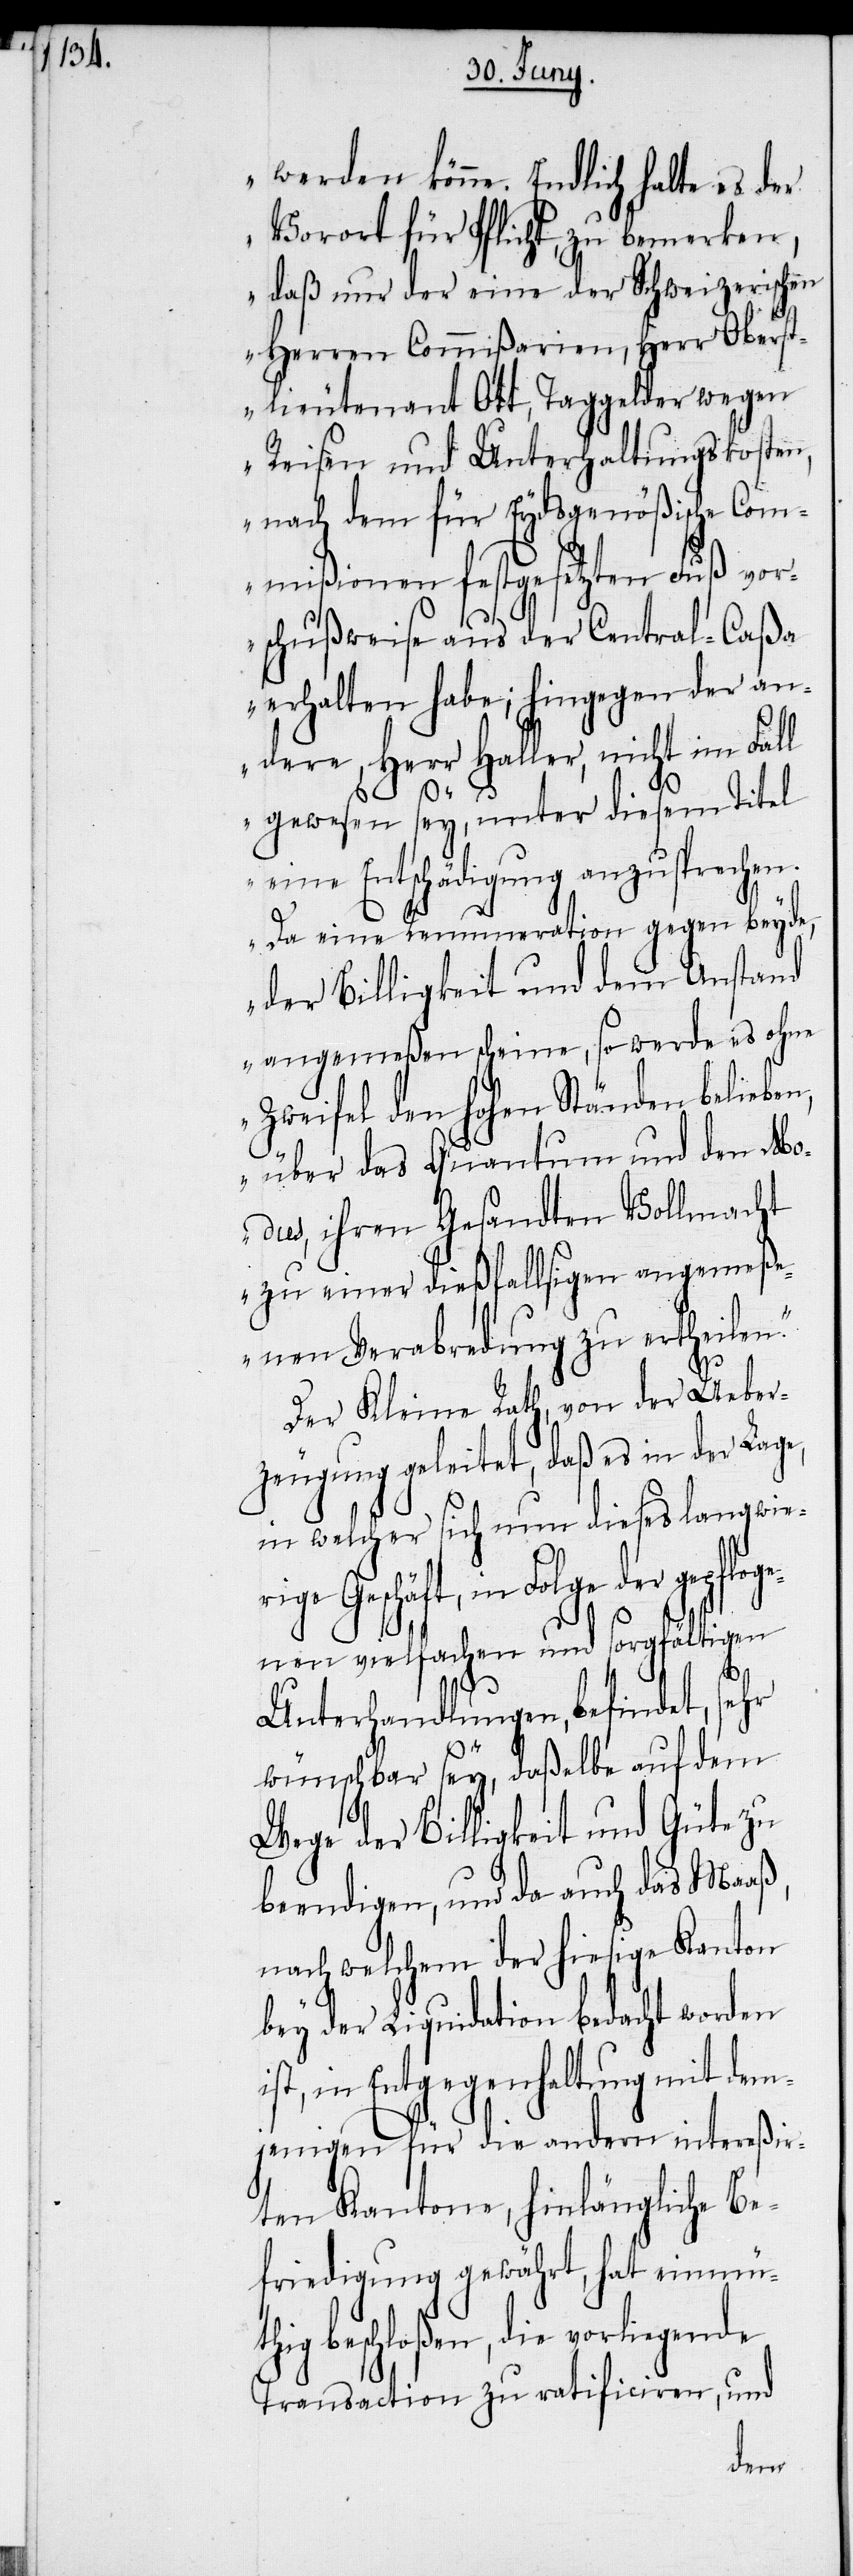
werden könne. Endlich halte es der
Vorort für Pflicht, zu bemerken,
daß nur der eine der Schweizerischen
Herren Commißarien, Herr Oberst¬
lieutenant Ott, Taggelder wegen
Reisen und Unterhaltungskosten,
nach dem für Eydsgenößische Com¬
mißionen festgesetzten Fuß vor¬
schußweise aus der Central-Caßa
erhalten habe; hingegen der an¬
dere, Herr Haller, nicht im Fall
pfloge¬
gewesen sey, unter diesem Titel
eine Entschädigung anzusprechen.
Da eine Renumeration gegen beyde,
der Billigkeit und dem Anstand
angemeßen scheine, so werde es ohne
Zweifel den hohen Ständen belieben,
über das Quantum und den Mo¬
dus, ihren Gesandten Vollmacht
zu einer dießfallsigen angemeß¬
enen Verabredung zu ertheilen.“
Der Kleine Rath, von der Ueber¬
zeugung geleitet, daß es in der Lage,
in welcher sich nun dieses langwier¬
ige Geschäft, in Folge der ge¬
nen vielfachen und sorgfältigen
Unterhandlungen, befindet, sehr
wünschbar sey, daßelbe auf dem
Wege der Billigkeit und Güte zu
beendigen, und da auch das Maaß,
nach welchem der hiesige Kanton
bey der Liquidation bedacht worden
ist, in Entgegenhaltung mit dem¬
jenigen für die andern intereßir¬
ten Kantone, hinlängliche Be¬
friedigung gewährt, hat einmü¬
thig beschloßen, die vorliegende
Transaction zu ratificiren, und